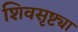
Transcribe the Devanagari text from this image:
शिवसृष्ट्या